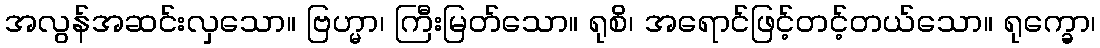
အလွန်အဆင်းလှသော။ ဗြဟ္မာ၊ ကြီးမြတ်သော။ ရုစိ၊ အရောင်ဖြင့်တင့်တယ်သော။ ရုက္ခော၊